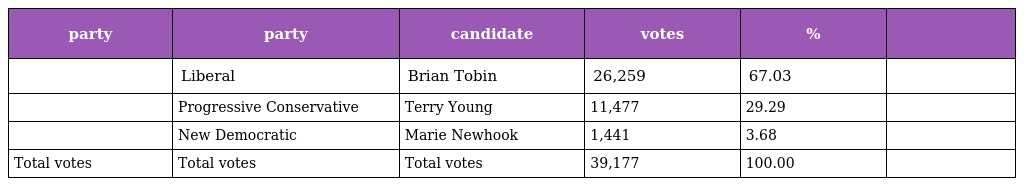
| party | party | candidate | votes | % |  |
 | --- | --- | --- | --- | --- | --- |
 |  | Liberal | Brian Tobin | 26,259 | 67.03 |  |
 |  | Progressive Conservative | Terry Young | 11,477 | 29.29 |  |
 |  | New Democratic | Marie Newhook | 1,441 | 3.68 |  |
 | Total votes | Total votes | Total votes | 39,177 | 100.00 |  |